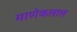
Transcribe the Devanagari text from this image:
माणेकलाल